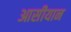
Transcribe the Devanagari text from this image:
आसीयान